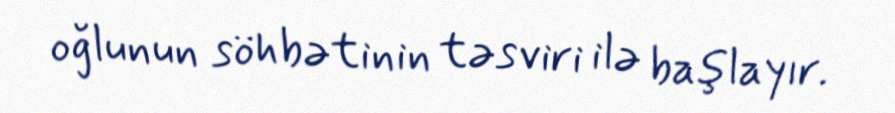
oğlunun söhbətinin təsviri ilə başlayır.